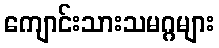
ကျောင်းသားသမဂ္ဂများ